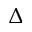
\Delta